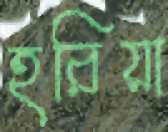
হরিয়া